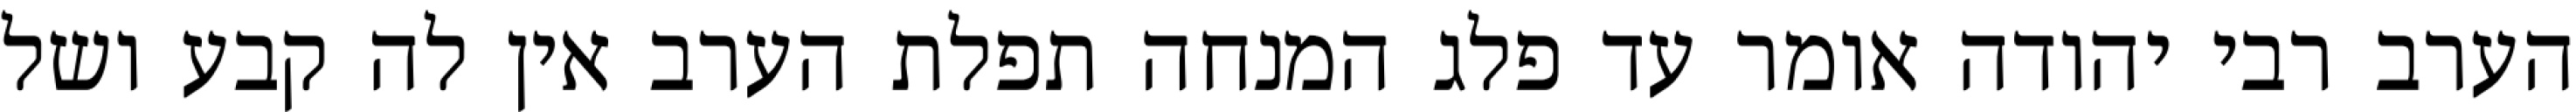
הערב רבי יהודה אומר עד פלג המנחה תפלת הערב אין לה קבע ושל